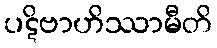
ပဋိဗာဟိဿာမီတိ